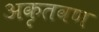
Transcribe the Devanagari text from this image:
अकृतवण